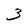
Character: 3